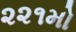
૨૨૧મો